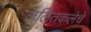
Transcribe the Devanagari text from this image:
ललितकलेचे